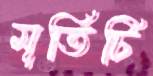
মূর্তিটি